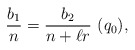
\begin{align*}\frac{b_1}{n}=\frac{b_2}{n+\ell r}\ (q_0),\end{align*}